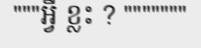
"""អ្វី ខ្លះ ? """""""